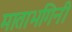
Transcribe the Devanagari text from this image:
माताभगिनी